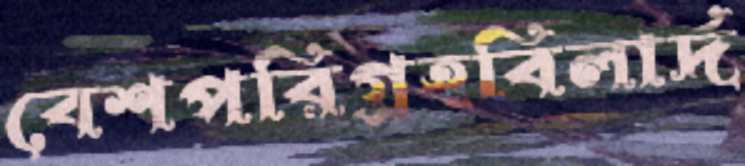
বেশপরিগ্রহবিলার্দ